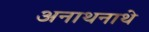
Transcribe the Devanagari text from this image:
अनाथनाथे